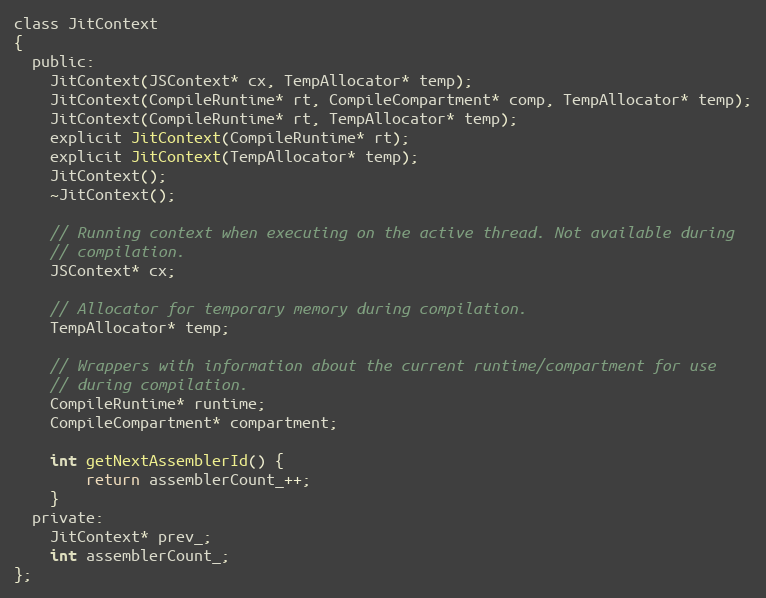
Language: C
class JitContext
{
  public:
    JitContext(JSContext* cx, TempAllocator* temp);
    JitContext(CompileRuntime* rt, CompileCompartment* comp, TempAllocator* temp);
    JitContext(CompileRuntime* rt, TempAllocator* temp);
    explicit JitContext(CompileRuntime* rt);
    explicit JitContext(TempAllocator* temp);
    JitContext();
    ~JitContext();

    // Running context when executing on the active thread. Not available during
    // compilation.
    JSContext* cx;

    // Allocator for temporary memory during compilation.
    TempAllocator* temp;

    // Wrappers with information about the current runtime/compartment for use
    // during compilation.
    CompileRuntime* runtime;
    CompileCompartment* compartment;

    int getNextAssemblerId() {
        return assemblerCount_++;
    }
  private:
    JitContext* prev_;
    int assemblerCount_;
};